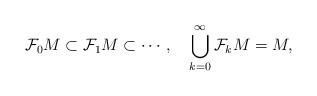
LaTeX: \begin{align*}\mathcal{F}_0M\subset \mathcal{F}_1M\subset\cdots,\quad \bigcup_{k=0}^\infty \mathcal{F}_kM=M,\end{align*}